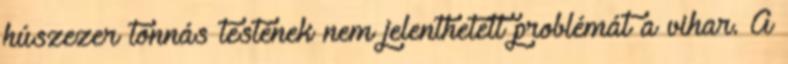
húszezer tonnás testének nem jelenthetett problémát a vihar. A